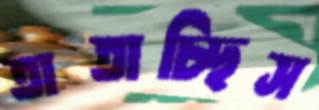
তাতাচ্ছিস